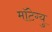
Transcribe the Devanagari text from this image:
मॉटेग्यु